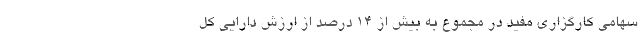
سهامی کارگزاری مفید در مجموع به بیش از ۱۴ درصد از ارزش دارایی کل